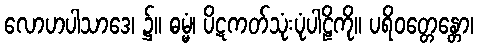
လောဟပါသာဒေ၊ ၌။ ဓမ္မံ၊ ပိဋကတ်သုံးပုံပါဠိကို။ ပရိဝတ္တေန္တော၊